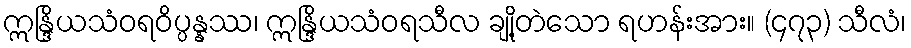
ဣန္ဒြိယသံဝရဝိပ္ပန္နဿ၊ ဣန္ဒြိယသံဝရသီလ ချို့တဲသော ရဟန်းအား။ (၄၇၃) သီလံ၊